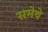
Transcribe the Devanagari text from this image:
समेथे